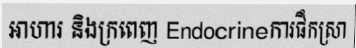
អាហារ និងក្រពេញ Endocrineការផឹកស្រា